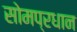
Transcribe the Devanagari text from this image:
सोमप्रधान